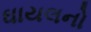
ઘાયલનો